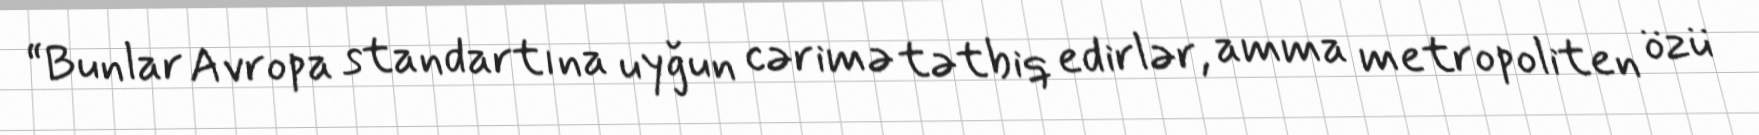
“Bunlar Avropa standartına uyğun cərimə tətbiq edirlər, amma metropoliten özü